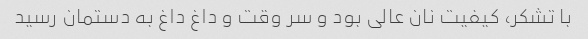
با تشکر، کیفیت نان عالی بود و سر وقت و داغ داغ به دستمان رسید